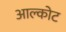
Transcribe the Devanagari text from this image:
आल्कोट